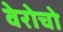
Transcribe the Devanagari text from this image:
वेरोचो